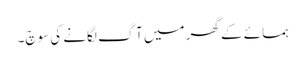
ہمسائے کے گھر میں آگ لگانے کی سوچ۔